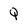
Character: Q